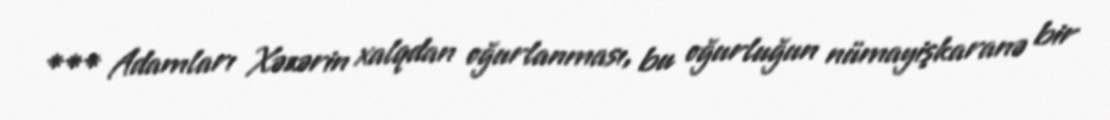
*** Adamları Xəzərin xalqdan oğurlanması, bu oğurluğun nümayişkaranə bir